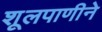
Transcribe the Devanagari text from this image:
शूलपाणीने